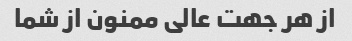
از هر جهت عالی ممنون از شما